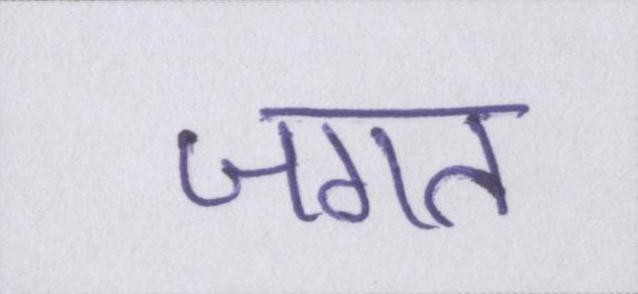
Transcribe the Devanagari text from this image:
जगत